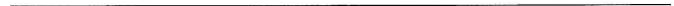
___